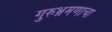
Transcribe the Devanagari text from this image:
गुरुभ्रमणाचा